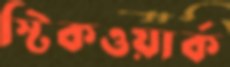
স্টিকওয়ার্ক